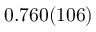
0 . 7 6 0 ( 1 0 6 )